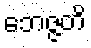
ဘေဇ္ဇတိ